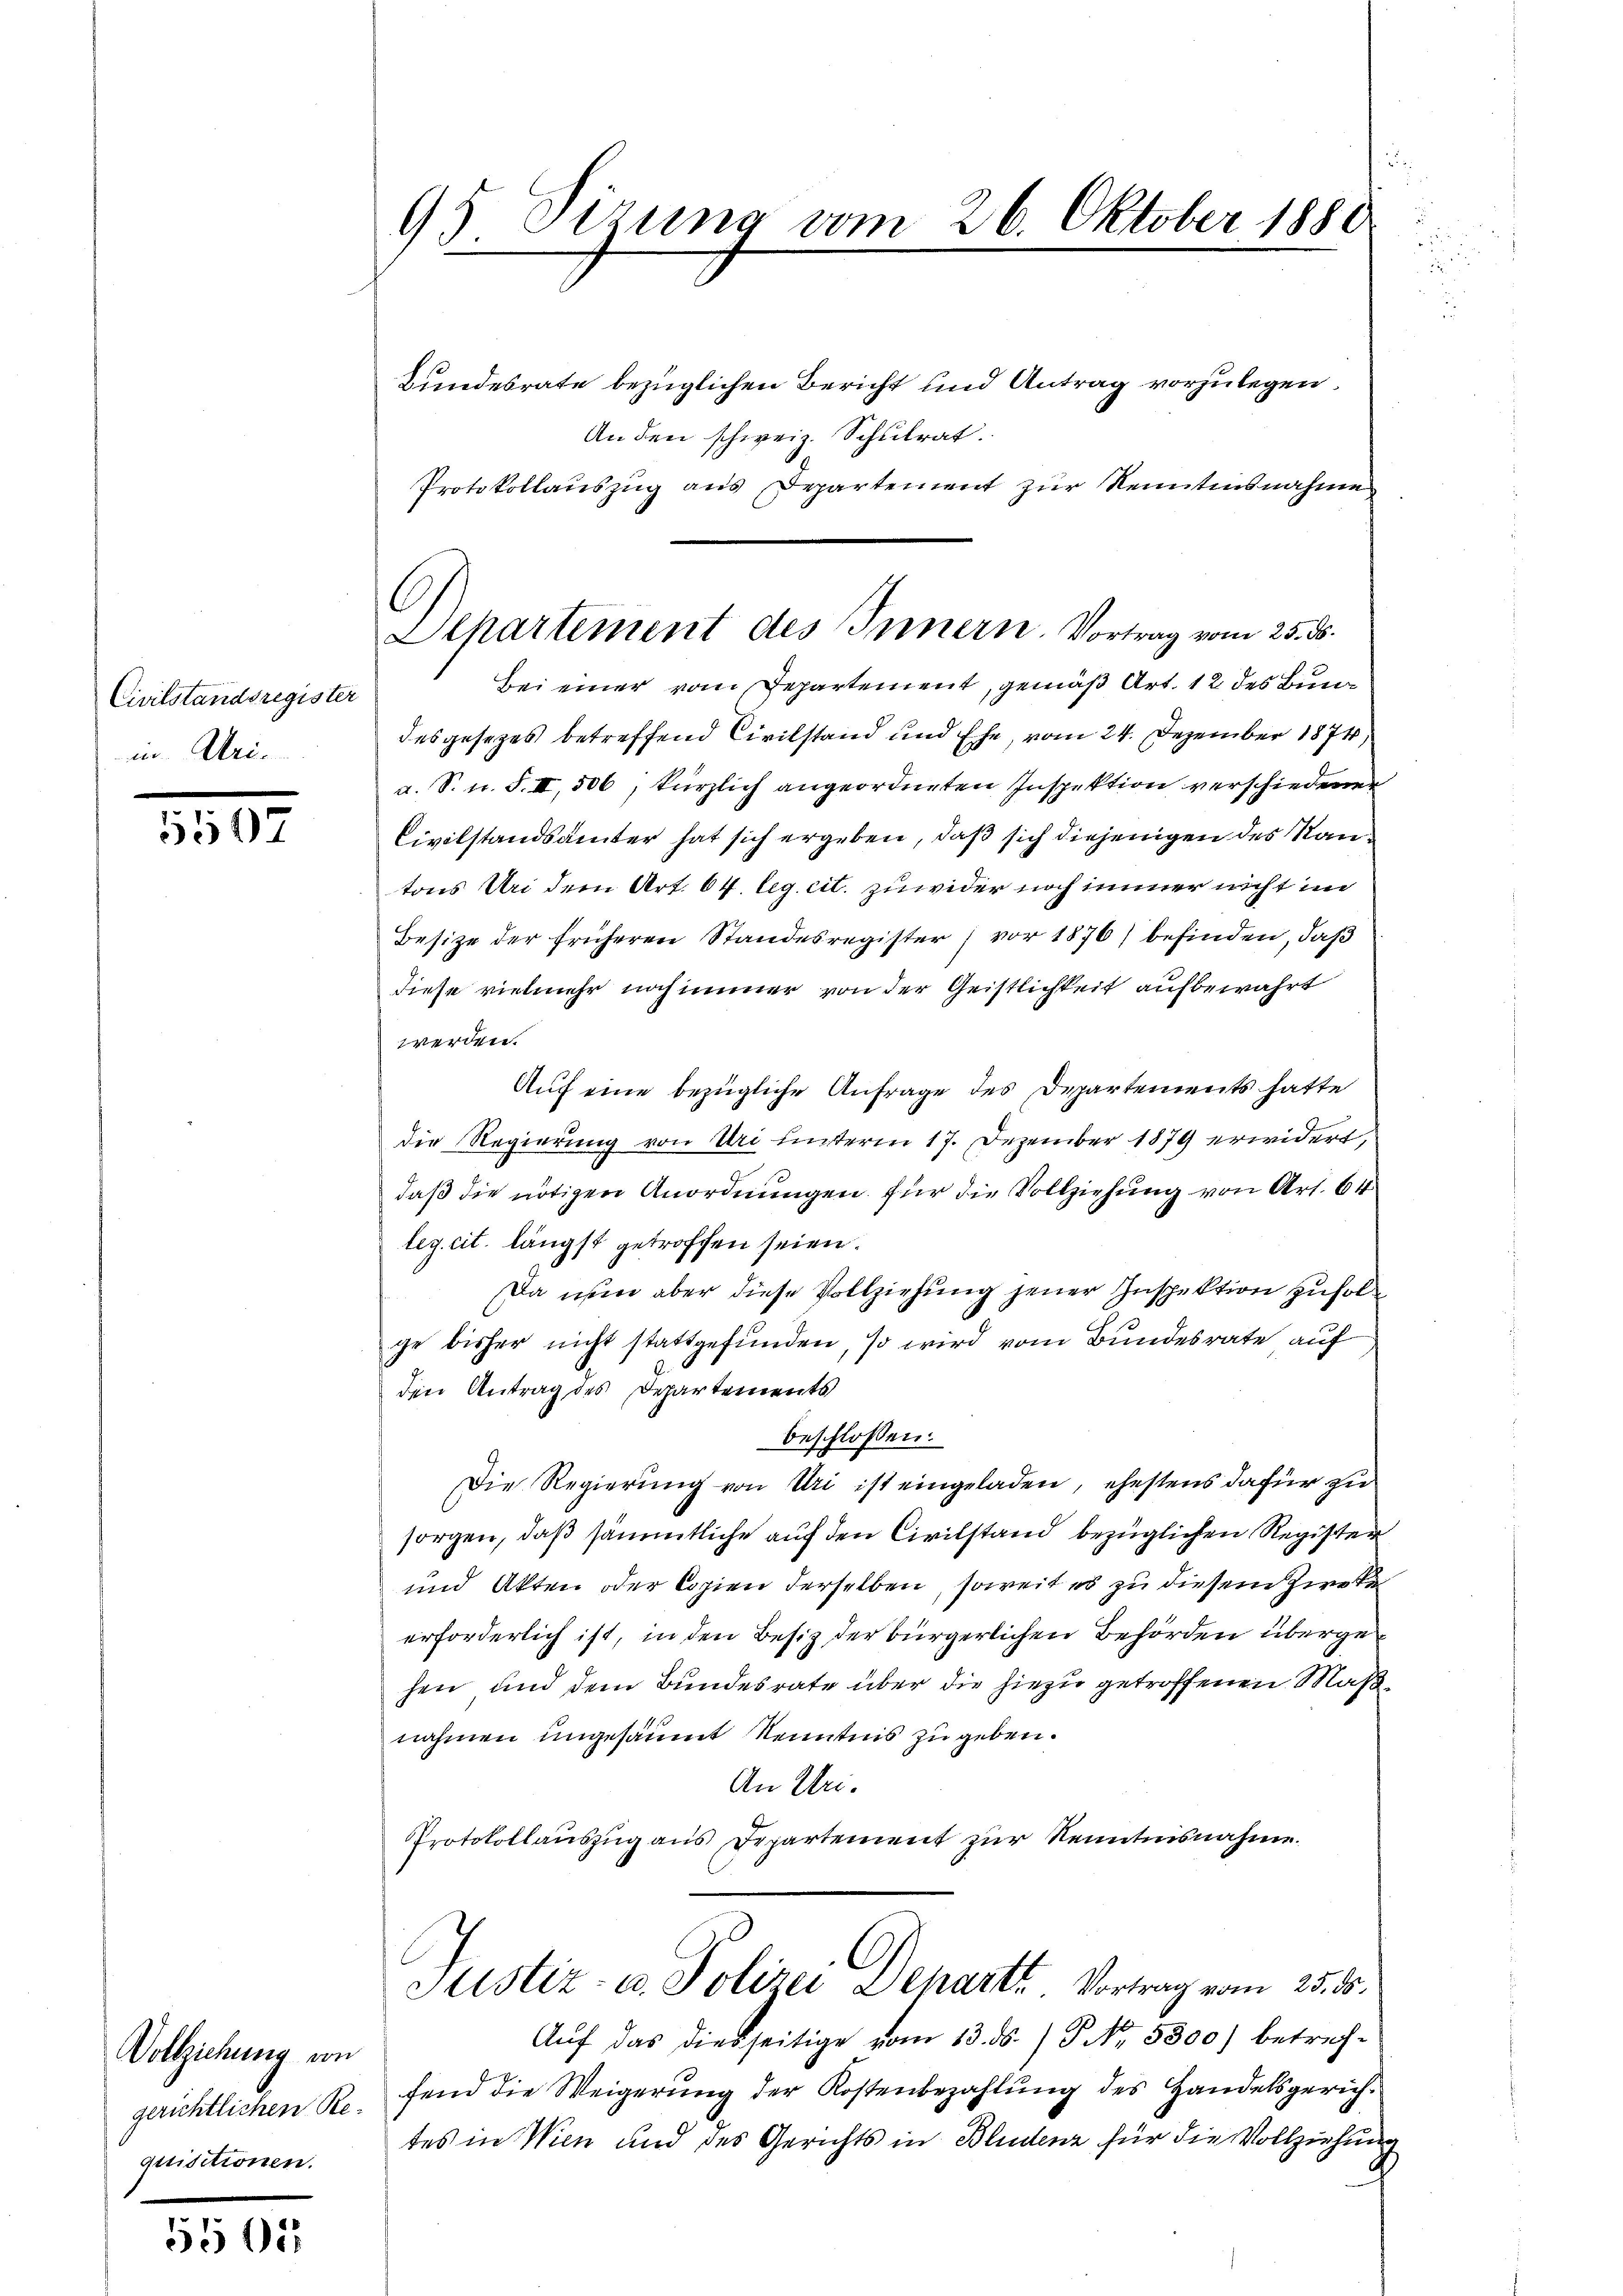
Civilstandsregister
in Uri.

5507

Vollziehung von
gerichtlichen Re-
quisitionen.

5501

95 Sizung vom 26. Oktober 1880
e

C
Separtement des Innern. Vortrag vom 25. ds.
Bei einer vom Departement, gemäß Art. 12 des Bun¬

Bundesrate bezüglichen Bericht und Antrag vorzulegen.
An den schweiz. Schulrat.
Protokollauszug aus Departement zur Kenntensnahme
desgesetzes betreffend Civilstand und Ehe, vom 24. Dezember 1874,
a. S. n. F. II, 506, kürzlich angeordneten Inspektion verschiedener
Civilstandsämter hat sich ergeben, daß sich diejenigen des Stand
tons Uri dem Art. 64. leg. cit. zuwider noch immer nicht im
Besize der früheren Standesregister) vor 1876) befinden, daß
diese vielmehr noch immer von der Geistlichkeit aufbewahrt
werden.
Auf eine bezügliche Anfrage des Departements hatte
die Regierung von Uri unterm 17. Dezember 1879 erwidert,
daß die nötigen Anordnungen für die Vollziehung von Art. 64
leg. cit. längst getroffen seien.
Da nun aber diese Vollziehung jener Inspektion zufolge bisher nicht stattgefunden, so wird vom Bundesrate auf
den Antrag des Departements
beschlossen:
Die Regierung von Uri ist eingeladen, ehestens dafür zu
sorgen, daß sämmtliche auf den Civilstand bezüglichen Register
und Akten oder Copien derselben, soweit es zu diesem Zwecke
erforderlich ist, in den Besitz der bürgerlichen Behörden übergehen und dem Bundesrate über die hiezu getroffenen Maßnahmen ungesäumt Kenntnis zu geben.
An Uri.
Protokollauszug aus Departement zur Kenntnisnahme.

Justiz- u. Polizei Depart. Vortrag vom 25. d.

Auf das diesseitige vom 13. ds. / P. N. 5300) betreffend die Weigerung der Kostenbezahlung des Handelsgerichtes in Wien und des Gerichts in Bludenz für die Vollziehung